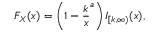
F _ { X } ( x ) = \left( 1 - { \frac { k } { x } } ^ { a } \right) I _ { [ k , \infty ) } ( x ) ,